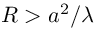
R > a ^ { 2 } / \lambda